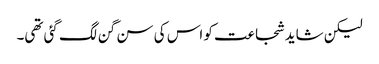
لیکن شاید شجاعت کو اس کی سن گن لگ گئی تھی۔